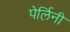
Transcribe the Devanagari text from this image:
पेर्लिनी